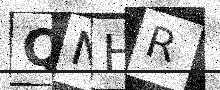
Text: QNHR